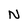
Character: N